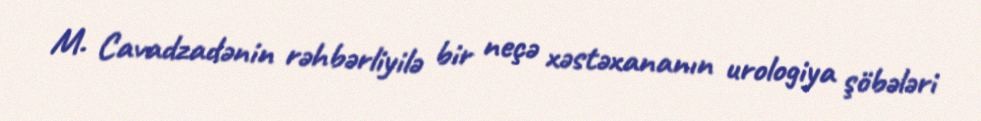
M. Cavadzadənin rəhbərliyilə bir neçə xəstəxananın urologiya şöbələri